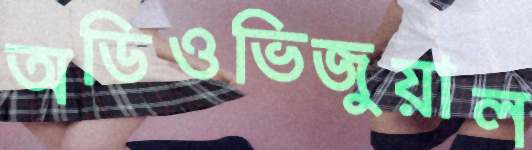
অডিওভিজুয়াল